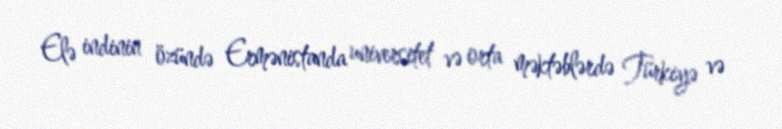
Elə indinin özündə Ermənistanda universitet və orta məktəblərdə Türkiyə və